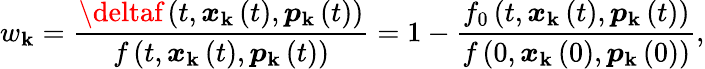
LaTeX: w_{\mathbf{k}}=\frac{{\deltaf\left(t,\boldsymbol{x}_{\mathbf{k}}\left(t\right),\boldsymbol{p}_{\mathbf{k}}\left(t\right)\right)}}{{f\left(t,\boldsymbol{x}_{\mathbf{k}}\left(t\right),\boldsymbol{p}_{\mathbf{k}}\left(t\right)\right)}}=1-\frac{{f_{0}\left(t,\boldsymbol{x}_{\mathbf{k}}\left(t\right),\boldsymbol{p}_{\mathbf{k}}\left(t\right)\right)}}{{f\left(0,\boldsymbol{x}_{\mathbf{k}}\left(0\right),\boldsymbol{p}_{\mathbf{k}}\left(0\right)\right)}},